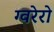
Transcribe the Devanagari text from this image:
ग्वरेरो